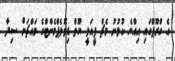
އެ ގްރޫޕްގައި އިއްޔެ ކުޅުނު މެޗް ފީއަލީ ޔޫތް ޑިވޮލެޕްމެންޓްގެ މައްޗަށް ސިދާ